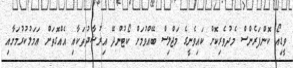
ވީޑިއޯ ކޮންފަރެންސް މެދުވެރިކޮށް ކައިވެނީގެ މަޖްލިސް ބޭއްވުމަށް ކޯޓުންދޭ އިރުޝާދުތަކާއި އެއްގޮތަށް ޢަމަލުކުރުމަށާއި